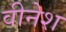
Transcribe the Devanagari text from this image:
वीनेश